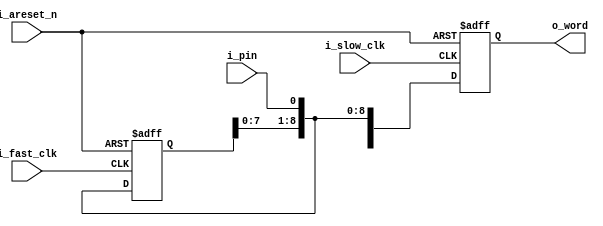
////////////////////////////////////////////////////////////////////////////////
//
// {{{
// Project:	A set of Yosys Formal Verification exercises
//
// Purpose:	An example input SERDES operator
//
// Assume:
//	1. Two clocks, where one clock (i_fast_clk) is exactly WIDTH
//		times faster than (i_slow_clk), and where
//
//	2. i_slow_clk and i_fast_clk share a positive edge transition
//
// To prove:
//
//	1. That the output returned on the positive edge of the slow clock,
//		is the input that was received
//
//	2. That the slow clock outputs are stable, over the slow clock
//
//
// Creator:	Dan Gisselquist, Ph.D.
//		Gisselquist Technology, LLC
//
////////////////////////////////////////////////////////////////////////////////
// }}}
// Copyright (C) 2018-2021, Gisselquist Technology, LLC
// {{{
// This program is free software (firmware): you can redistribute it and/or
// modify it under the terms of the GNU General Public License as published
// by the Free Software Foundation, either version 3 of the License, or (at
// your option) any later version.
//
// This program is distributed in the hope that it will be useful, but WITHOUT
// ANY WARRANTY; without even the implied warranty of MERCHANTIBILITY or
// FITNESS FOR A PARTICULAR PURPOSE.  See the GNU General Public License
// for more details.
//
// You should have received a copy of the GNU General Public License along
// with this program.  (It's in the $(ROOT)/doc directory.  Run make with no
// target there if the PDF file isn't present.)  If not, see
// <http://www.gnu.org/licenses/> for a copy.
// }}}
// License:	GPL, v3, as defined and found on www.gnu.org,
// {{{
//		http://www.gnu.org/licenses/gpl.html
//
////////////////////////////////////////////////////////////////////////////////
//
`default_nettype  none
// }}}
module iserdes #(
		// {{{
		parameter			WIDTH=10,
		parameter	[(WIDTH-1):0]	RESET_VALUE = 0
		// }}}
	) (
		// {{{
		input	wire			i_slow_clk, i_fast_clk,
						i_areset_n,
		//
		input	wire			i_pin,
		output	reg	[(WIDTH-1):0]	o_word
		// }}}
	);

	reg	[WIDTH-1:0]	r_word;

	//
	// The basic input SERDESE operator
	//
	always @(posedge i_fast_clk, negedge i_areset_n)
	if (!i_areset_n)
		r_word <= RESET_VALUE;
	else
		r_word <= { r_word[(WIDTH-2):0], i_pin };

	always @(posedge i_slow_clk, negedge i_areset_n)
	if (!i_areset_n)
		o_word <= RESET_VALUE;
  else
		o_word <= { r_word[(WIDTH-2):0], i_pin };

`ifdef	FORMAL
  (* gclk *)  wire glb_clk;
  reg [WIDTH-1:0] f_clk_counter;
  wire f_past_valid;
  
  initial f_clk_counter = 0;
  initial f_past_valid = 0;

  always @(posedge glb_clk)
      f_past_valid <= 1;

  // Assume inputs
  always @(posedge glb_clk) begin
    // i_fast_clk is exactly WIDTH times faster than i_slow_clk
    f_clk_counter <= f_clk_counter + 1'b1;       

    assume(i_fast_clk == f_clk_counter[0]);
    assume(i_slow_clk == f_clk_counter[WIDTH-1]);

    // i_slow_clk and i_fast_clk share a positive edge transition
    if (f_past_valid && $rose(i_slow_clk)) 
      assume($rose(i_fast_clk));

    // TEMP: Disable RESET
    assume(i_areset_n);
  end


  // Proofs
  always @(posedge glb_clk) begin
    // The output return on the positive edge of the slow clock , is the input
    // that was received
  end

  always @(posedge glb_clk) begin
    // The slow clock outputs are stable, over the slow clock
  end

  
`endif
endmodule